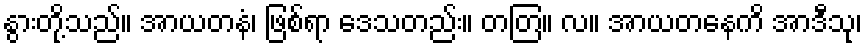
နွားတို့သည်။ အာယတနံ၊ ဖြစ်ရာ ဒေသတည်း။ တတြ။ လ။ အာယတနေကိ အာဒီသု၊